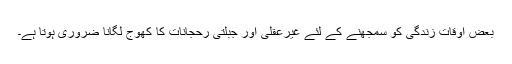
بعض اوقات زندگی کو سمجھنے کے لئے غیرعقلی اور جبلتی رحجانات کا کھوج لگانا ضروری ہوتا ہے۔